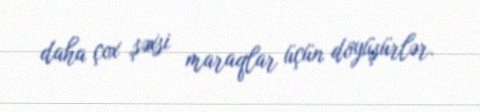
daha çox şəxsi maraqlar üçün döyüşürlər.